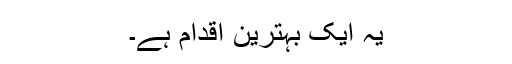
یہ ایک بہترین اقدام ہے۔